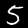
Label: 5